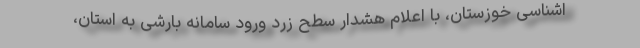
اشناسی خوزستان، با اعلام هشدار سطح زرد ورود سامانه بارشی به استان،